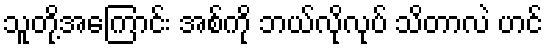
သူတို့အကြောင်း အစ်ကို ဘယ်လိုလုပ် သိတာလဲ ဟင်